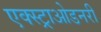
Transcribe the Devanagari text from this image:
एक्स्ट्राओडनरी